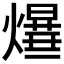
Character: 𤑻